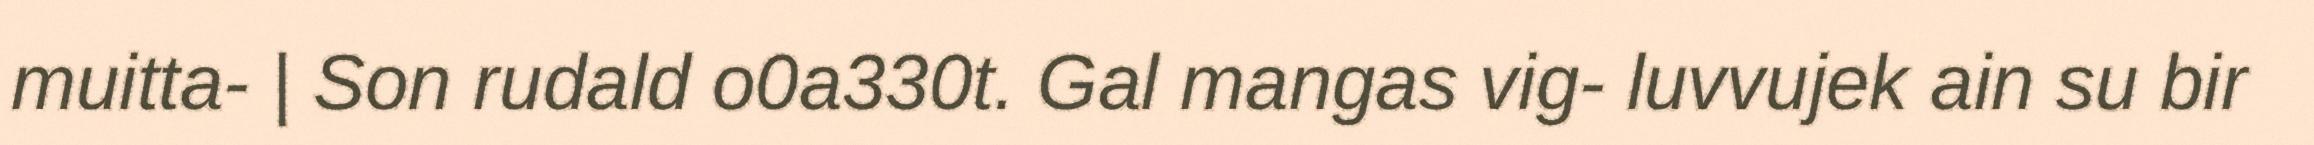
muitta- | Son rudald o0a330t. Gal mangas vig- luvvujek ain su bir